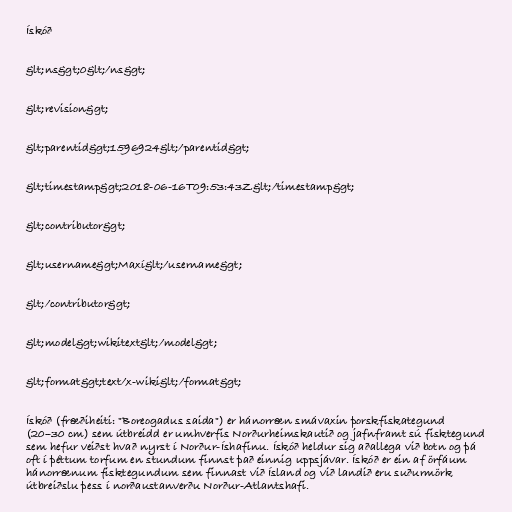
Ískóð

&lt;ns&gt;0&lt;/ns&gt;

&lt;revision&gt;

&lt;parentid&gt;1596924&lt;/parentid&gt;

&lt;timestamp&gt;2018-06-16T09:53:43Z&lt;/timestamp&gt;

&lt;contributor&gt;

&lt;username&gt;Maxí&lt;/username&gt;

&lt;/contributor&gt;

&lt;model&gt;wikitext&lt;/model&gt;

&lt;format&gt;text/x-wiki&lt;/format&gt;

Ískóð (fræðiheiti: "Boreogadus saida") er hánorræn smávaxin þorskfiskategund
(20–30 cm) sem útbreidd er umhverfis Norðurheimskautið og jafnframt sú fisktegund
sem hefur veiðst hvað nyrst í Norður-Íshafinu. Ískóð heldur sig aðallega við botn og þá
oft í þéttum torfum en stundum finnst það einnig uppsjávar. Ískóð er ein af örfáum
hánorrænum fisktegundum sem finnast við Ísland og við landið eru suðurmörk
útbreiðslu þess í norðaustanverðu Norður-Atlantshafi.